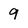
Character: 9